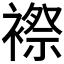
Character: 𲁀